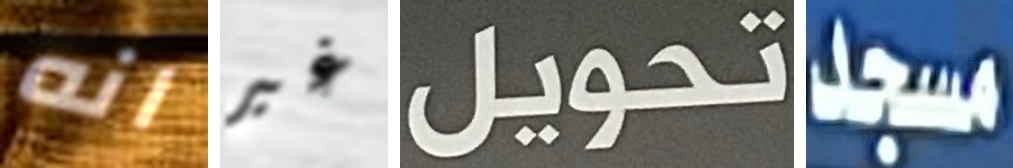
انه غير تحويل مسجد